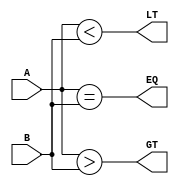
module unsigned_magnitude_comparator(
    input [2:0] A,
    input [2:0] B,
    output EQ,
    output LT,
    output GT
);

assign EQ = (A == B);
assign LT = (A < B);
assign GT = (A > B);

endmodule